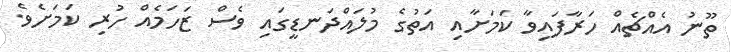
ތޫނު އެއްޗެއް ހަރާފައިވާ ކަމަށާއި އަތުގެ މުލައްދަނޑީގައި ވެސް ޒަހަމެއް ހުރި ކަމަށެވެ.